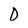
Character: D